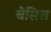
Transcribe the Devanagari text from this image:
बेसिस